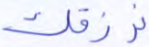
نرزقك